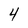
Character: 4